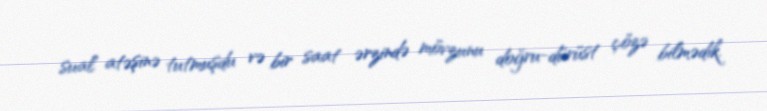
sual atəşinə tutmuşdu və bir saat ərzində mövzunu doğru-dürüst çözə bilmədik.